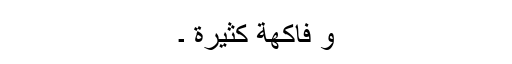
وَ فَاکِھةٍ کَثِیْرَةٍ ۔